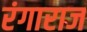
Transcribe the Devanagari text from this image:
रंगाराज